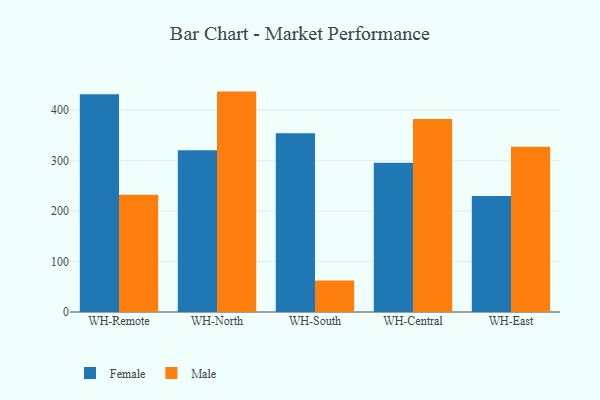
{"axis": {"x": "Warehouse", "y": "Waste Production (Tons)"}, "legend": ["Female", "Male"], "data": [{"x": "WH-Remote", "y": 431.5, "type": "Female"}, {"x": "WH-Remote", "y": 232.4, "type": "Male"}, {"x": "WH-North", "y": 320.7, "type": "Female"}, {"x": "WH-North", "y": 436.9, "type": "Male"}, {"x": "WH-South", "y": 354.3, "type": "Female"}, {"x": "WH-South", "y": 62.6, "type": "Male"}, {"x": "WH-Central", "y": 295.8, "type": "Female"}, {"x": "WH-Central", "y": 382.7, "type": "Male"}, {"x": "WH-East", "y": 229.9, "type": "Female"}, {"x": "WH-East", "y": 327.5, "type": "Male"}]}